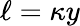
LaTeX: \ell=\kappa y